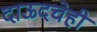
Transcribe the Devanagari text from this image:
दाऊदचेही